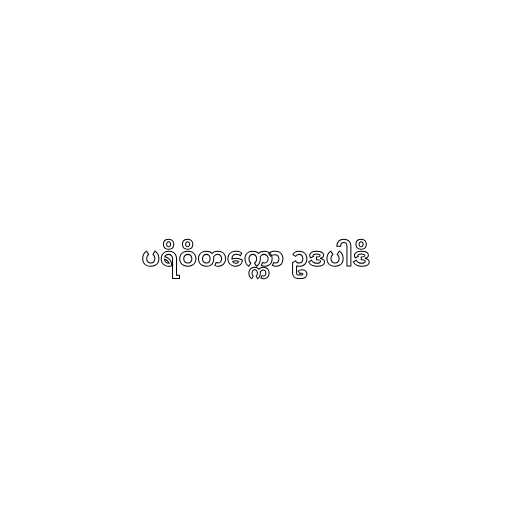
ပရိဝိတက္ကော ဥဒပါဒိ